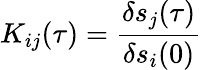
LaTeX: K_{ij}(\tau)=\frac{\delta s_{j}(\tau)}{\delta s_{i}(0)}